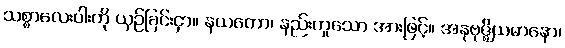
သစ္စာလေးပါးကို ယှဉ်ခြင်းငှာ။ နယတော၊ နည်းဟူသော အားဖြင့်။ အနုဗုဇ္ဈိယမာနော၊